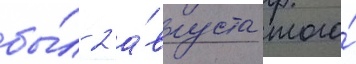
бы́л 2 а́вгуста того́